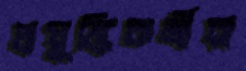
প্রযুক্তিকর্মীরা